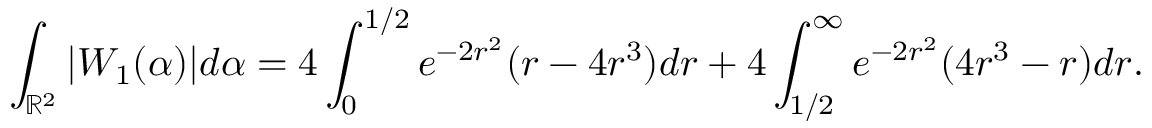
\int _ { \mathbb { R } ^ { 2 } } | W _ { 1 } ( \alpha ) | d \alpha = 4 \int _ { 0 } ^ { 1 / 2 } e ^ { - 2 r ^ { 2 } } ( r - 4 r ^ { 3 } ) d r + 4 \int _ { 1 / 2 } ^ { \infty } e ^ { - 2 r ^ { 2 } } ( 4 r ^ { 3 } - r ) d r .